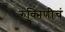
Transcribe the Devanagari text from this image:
रुक्मिणीचं